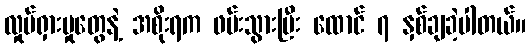
လှုပ်ရှားမှုတွေနဲ့ အစိုးရက ဖမ်းသွားပြီး ထောင် ၇ နှစ်ချခဲ့ပါတယ်။